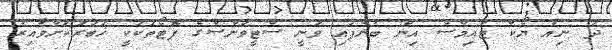
ދަ ނިއު ޔޯކް ޓައިމްސް އިން ބުނެފައި ވަނީ ސްޓީވަންސްގެ ފޮޓޯތަކަކީ ޚަބަރަކަށްވާއިރު